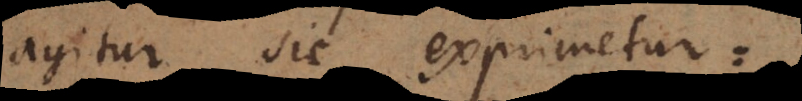
agitur sic exprimetur: